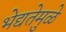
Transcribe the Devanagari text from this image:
भेद्यतेमुळे